King Institute of Preventive Medicine Micro-Biological Section reports 1909-11
Year: 1909
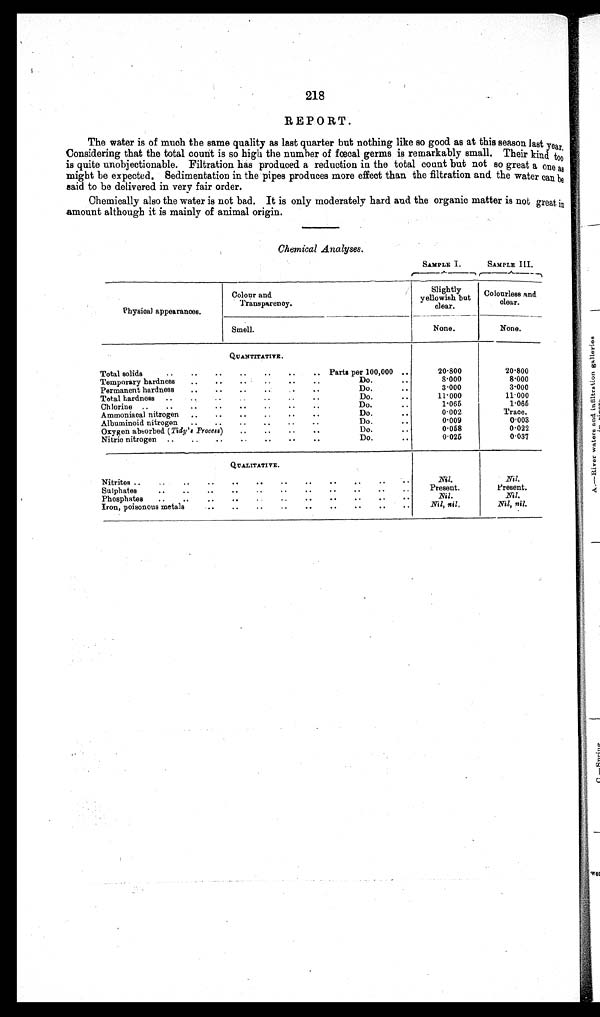
218
REPORT.
The water is of much the same quality as last quarter but nothing like so good as at this season last year.
Considering that the total count is so high the number of fœcal germs is remarkably small. Their kind too
is quite unobjectionable. Filtration has produced a reduction in the total count but not so great a one as
might be expected. Sedimentation in the pipes produces more effect than the filtration and the water can be
said to be delivered in very fair order.
Chemically also the water is not bad. It is only moderately hard and the organic matter is not great in
amount although it is mainly of animal origin.
Chemical Analyses.
SAMPLE I.
SAMPLE III.
Physical appearances.
Colour and
Transparency
Slightly
yellowish but
clear.
Colourless and
clear.
Smell.
None.
None.
QUANTITATIVE.
Total solids
Parts per 100,000
20.800
20.800
Temporary hardness
Do.
8.000
8.000
Permanent hardness
Do.
3.000
3.000
Total hardness
Do.
11.000
11.000
Chlorine
Do.
1.065
1.065
Ammoniacal nitrogen
Do.
0.002
Trace.
Albuminoid nitrogen
Do.
0.009
0.003
Oxygen absorbed ( Tidy's Process)
Do.
0.058
0.022
Nitric nitrogen
Do.
0.025
0.037
QUALTITATIVE.
Nitrites
Nil.
Nil.
Sulphates
Present.
Present.
Phosphates.
Nil.
Nil.
Iron, poisonous metals
Nil, nil.
Nil, nil.